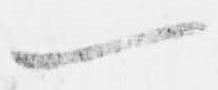
一